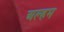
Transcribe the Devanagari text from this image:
अल्हम